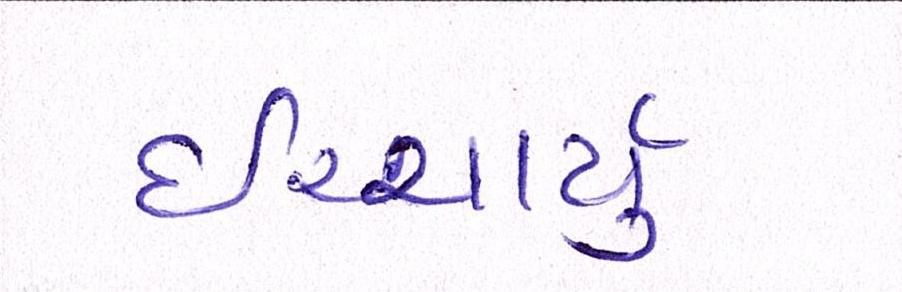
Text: ઉચ્ચાર્યું